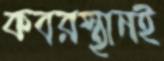
কবরস্থানই